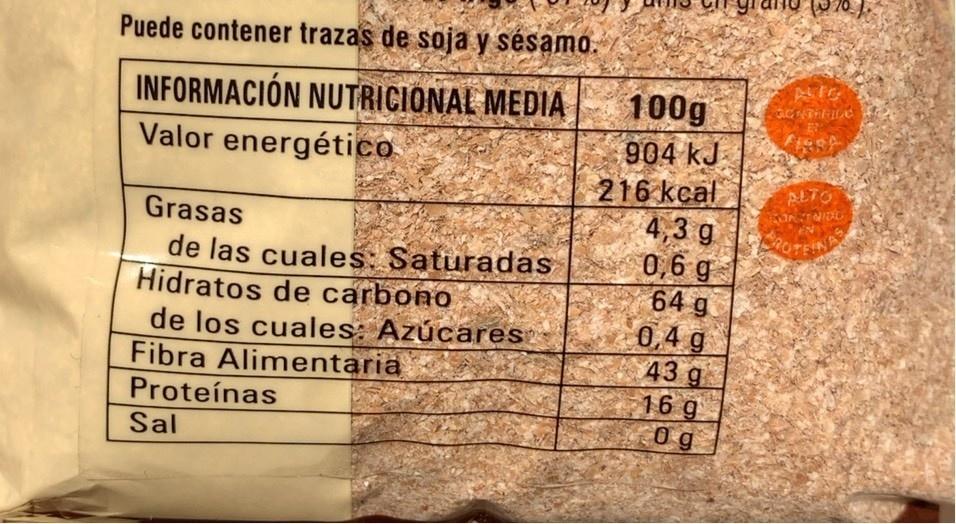
Puede contener trazas de soja y sésamo.
INFORMACIÓN NUTRICIONAL MEDIA Valor energético
100g
904 kJ 216 kcal 4,3 g 0,6 g 64 g
ALTO
Grasas
CROTFINA
de las cuales: Saturadas Hidratos de carbono de los cuales: Azúcares Fibra Alimentaria Proteínas
0,4 g 43 g 16 g 0g
Sal